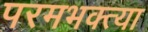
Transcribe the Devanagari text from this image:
परमभक्त्या